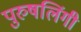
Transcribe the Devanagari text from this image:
पुरुषलिंगी